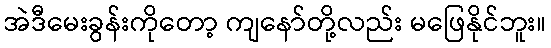
အဲဒီမေးခွန်းကိုတော့ ကျနော်တို့လည်း မဖြေနိုင်ဘူး။